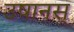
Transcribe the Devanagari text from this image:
उषानस्‌